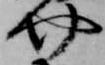
介